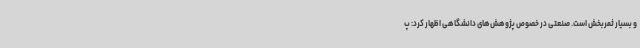
و بسیار ثمربخش است. صنعتی در خصوص پژوهش‌های دانشگاهی اظهار کرد: پ